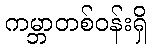
ကမ္ဘာတစ်ဝန်းရှိ